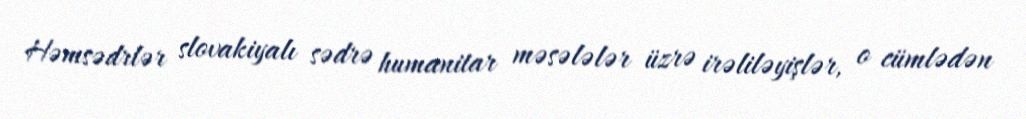
Həmsədrlər slovakiyalı sədrə humanitar məsələlər üzrə irəliləyişlər, o cümlədən